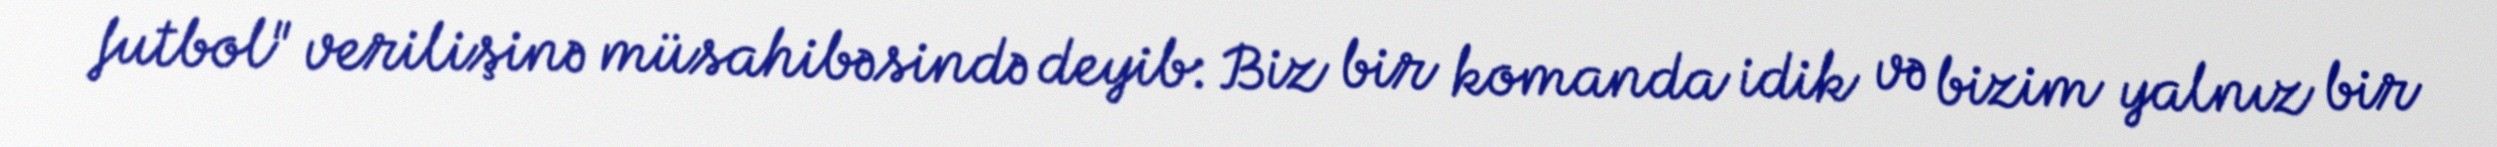
futbol" verilişinə müsahibəsində deyib: Biz bir komanda idik və bizim yalnız bir